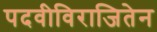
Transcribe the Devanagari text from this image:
पदवीविराजितेन